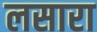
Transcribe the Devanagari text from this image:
लसारा